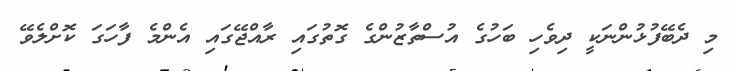
މި ދެބޭފުޅުންނަކީ ދިވެހި ބަހުގެ އުސްތާޒުންގެ ގޮތުގައި ރާއްޖޭގައި އެންމެ ފާހަގަ ކޮށްލެވޭ